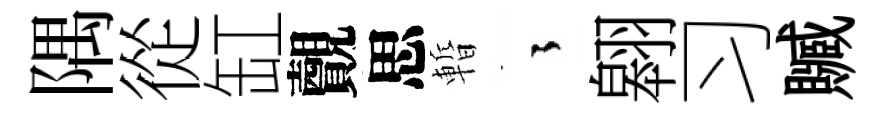
隅從缸覿思暫徃翱习贓